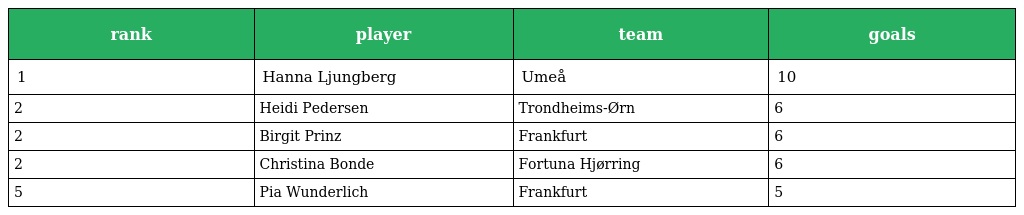
| rank | player | team | goals |
 | --- | --- | --- | --- |
 | 1 | Hanna Ljungberg | Umeå | 10 |
 | 2 | Heidi Pedersen | Trondheims-Ørn | 6 |
 | 2 | Birgit Prinz | Frankfurt | 6 |
 | 2 | Christina Bonde | Fortuna Hjørring | 6 |
 | 5 | Pia Wunderlich | Frankfurt | 5 |